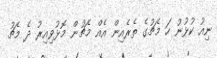
ނިއު ކުޅުނު ހަ މެޗުގެ ތެރެއިން އެއް މެޗުން މޮޅުވިއިރު ދެ މެޗު